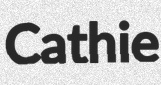
Cathie